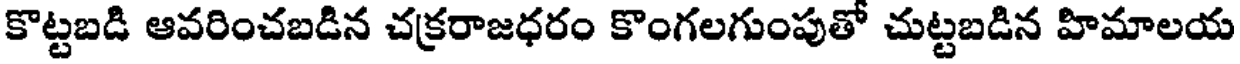
కొట్టబడి ఆవరించబడిన చక్రరాజధరం కొంగలగుంపుతో చుట్టబడిన హిమాలయ